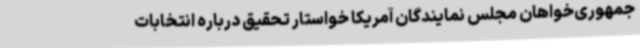
جمهوری‌خواهان مجلس نمایندگان آمریکا خواستار تحقیق درباره انتخابات